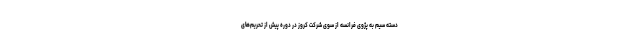
دسته سیم به پژوی فرانسه از سوی شرکت کروز در دوره پیش از تحریم‌های